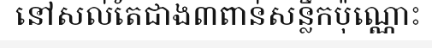
នៅសល់តែជាង៣ពាន់សន្លឹកប៉ុណ្ណោះ